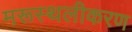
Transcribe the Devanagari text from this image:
मरूस्थलीकरण